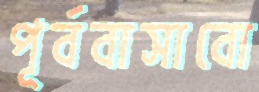
পূর্ববাসাবো